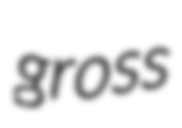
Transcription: gross